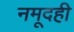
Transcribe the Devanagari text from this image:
नमूदही